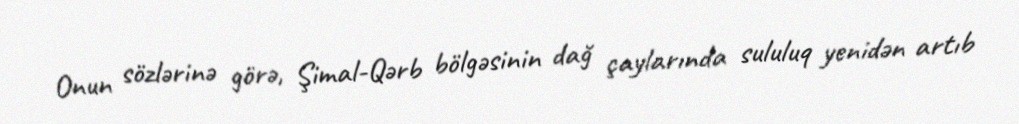
Onun sözlərinə görə, Şimal-Qərb bölgəsinin dağ çaylarında sululuq yenidən artıb